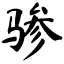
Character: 骖